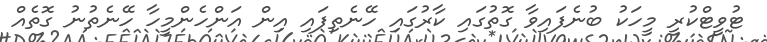
ޓުވީޓްކުރި މީހަކު ބުނެފައިވާ ގޮތުގައި ކާރުގައި ހޭނެތިފައި އިން އަންހެންމީހާ ހޭނެތުނު ގޮތެއް